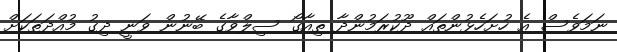
ނަމަވެސް އެ ހުށަހެޅުންތައް ދޫކުރަމުންދާ ތިއާގޯ ސިލްވާގެ ބޭނުން ވަނީ ދިގު މުއްދަތަކަށް